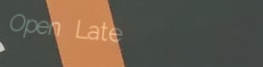
Open Late